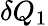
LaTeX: \delta Q_{1}